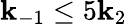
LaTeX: \mathbf{k}_{-1}\leq5\mathbf{k}_{2}